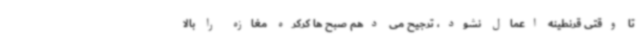
تا وقتی قرنطینه اعمال نشود، ترجیح می دهم صبح ها کرکره مغازه را بالا